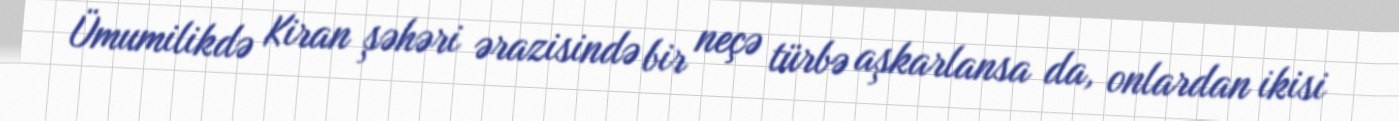
Ümumilikdə Kiran şəhəri ərazisində bir neçə türbə aşkarlansa da, onlardan ikisi